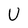
Character: U